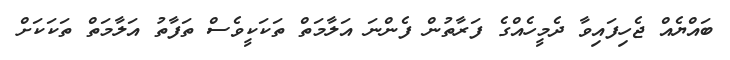
ބައްޔެއް ޖެހިފައިވާ ދެމީހެއްގެ ފަރާތުން ފެންނަ އަލާމަތް ތަކަކީވެސް ތަފާތު އަލާމަތް ތަކަކަށް